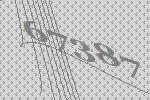
67387